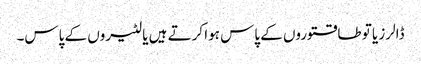
ڈالرز یا تو طاقتوروں کے پاس ہوا کرتے ہیں یا لٹیروں کے پاس۔